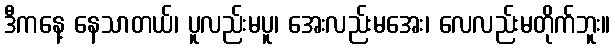
ဒီကနေ့ နေသာတယ်၊ ပူလည်းမပူ၊ အေးလည်းမအေး၊ လေလည်းမတိုက်ဘူး။